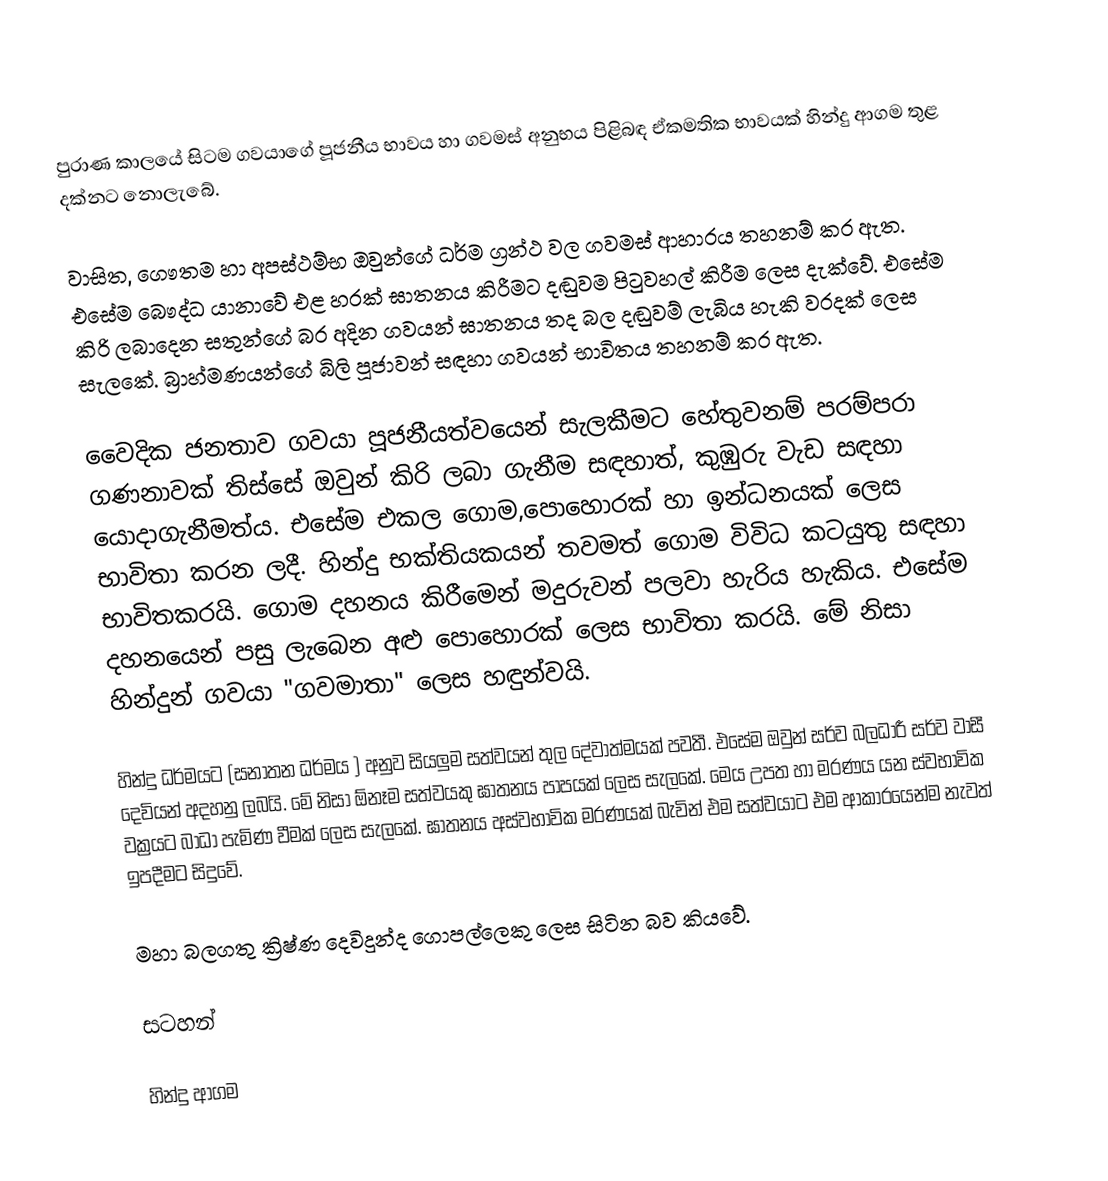
පුරාණ කාලයේ සිටම ගවයාගේ පූජනීය භාවය හා ගවමස් අනුභය පිළිබඳ ඒකමතික භාවයක් හින්දු ආගම තුළ දක්නට නොලැබේ.

වාසිත, ගෞතම හා අපස්ථම්භ ඔවුන්ගේ ධර්ම ග්‍රන්ථ වල ගවමස් ආහාරය තහනම් කර ඇත. එසේම බෞද්ධ යානාවේ එළ හරක් ඝාතනය කිරීමට දඬුවම පිටුවහල් කිරීම ලෙස දැක්වේ. එසේම කිරි ලබාදෙන සතුන්ගේ බර අදින ගවයන් ඝාතනය තද බල දඬුවම් ලැබිය හැකි වරදක් ලෙස සැලකේ. බ්‍රාහ්මණයන්ගේ බිලි පූජාවන් සඳහා ගවයන් භාවිතය තහනම් කර ඇත.

වෛදික ජනතාව ගවයා පූජනීයත්වයෙන් සැලකීමට හේතුවනම් පරම්පරා ගණනාවක් තිස්සේ ඔවුන් කිරි ලබා ගැනීම සඳහාත්, කුඹුරු වැඩ සඳහා යොදාගැනීමත්ය. ‍එ‍සේම එකල ගොම,පොහොරක් හා ඉන්ධනයක් ලෙස භාවිතා කරන ලදී. හින්දු භක්තියකයන් තවමත් ගොම විවිධ කටයුතු සඳහා භාවිතකරයි. ගොම දහනය කිරීමෙන් මදුරුවන් පලවා හැරිය හැකිය. එසේම දහනයෙන් පසු ලැබෙන අළු පොහොරක් ලෙස භාවිතා කරයි. මේ නිසා හින්දුන් ගවයා "ගවමාතා" ලෙස හඳුන්වයි.

හින්දු ධර්මයට (සනාතන ධර්මය ) අනුව සියලුම සත්වයන් තුල දේවාත්මයක් පවතී. එසේම ඔවුන් සර්ව බලධාරී සර්ව වාසී දෙවියන් අදහනු ලබයි. මේ නිසා ඕනෑම සත්වයකු ඝාතනය පාපයක් ලෙස සැලකේ. මෙය උපත හා මරණය යන ස්වභාවික වක්‍රයට බාධා පැමිණ වීමක් ලෙස සැලකේ. ඝාතනය අස්වභාවික මරණයක් බැවින් එම සත්වයාට එම ආකාරයෙන්ම නැවත් ඉපදීමට සිදුවේ.

මහා බලගතු ක්‍රිෂ්ණ දෙවිදුන්ද ගොපල්ලෙකු ලෙස සිටින බව කියවේ.

සටහන්

හින්දු ආගම